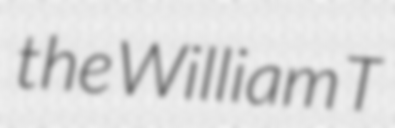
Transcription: the William T